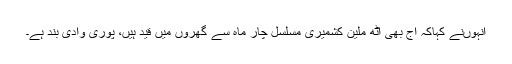
انہوںنے کہاکہ آج بھی آٹھ ملین کشمیری مسلسل چار ماہ سے گھروں میں قید ہیں، پوری وادی بند ہے۔